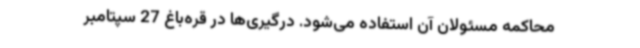
محاکمه مسئولان آن استفاده می‌شود. درگیری‌ها در قره‌باغ 27 سپتامبر